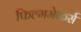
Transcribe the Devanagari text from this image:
फिल्ममेकर्स